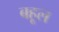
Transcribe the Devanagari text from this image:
बहूल